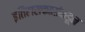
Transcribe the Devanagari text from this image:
इतिहासकारांकडून